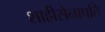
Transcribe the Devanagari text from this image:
शाहीसेनापति